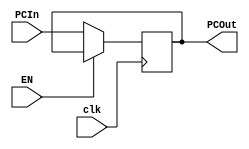
`timescale 1ns / 1ps

module PC(
    input clk,
    input EN,
    input [31:0] PCIn, // Program Counter (next instruction)
    output reg [31:0] PCOut // Program Counter (current instruction)
    );
    
    initial begin // Initial PC to 0 on startup
        PCOut <= 0;
    end
    
    always @(posedge clk) begin
        if (EN == 1) begin
            PCOut <= PCOut;
        end
        else begin
            PCOut <= PCIn;
        end
    end
endmodule